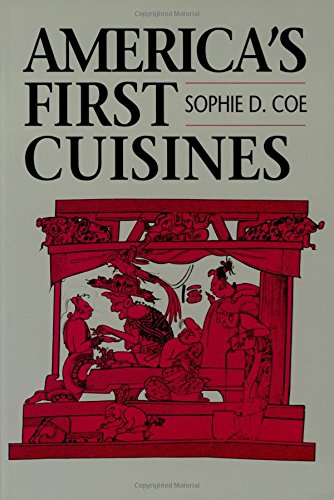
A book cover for America's First Cuisines; Sophie D. Coe; History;